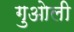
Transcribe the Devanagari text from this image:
गुओली